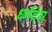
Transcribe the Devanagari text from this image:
धर्मदेश